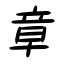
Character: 章